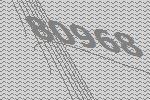
80968